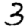
Digit: 3